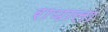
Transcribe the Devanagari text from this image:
रायाला